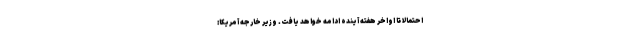
احتمالا تا اواخر هفته آینده ادامه خواهد یافت. وزیر خارجه آمریکا: